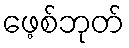
ဖေ့စ်ဘုတ်